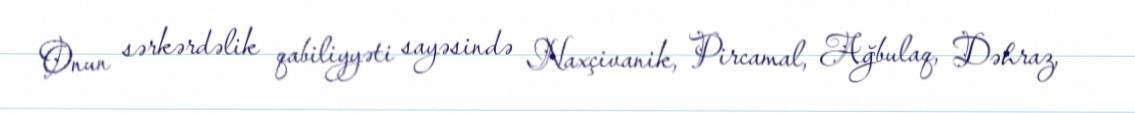
Onun sərkərdəlik qabiliyyəti sayəsində Naxçivanik, Pircamal, Ağbulaq, Dəhraz,